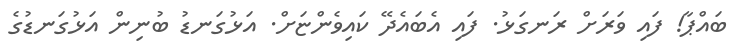
ބައްޕާ! ފައި ވަރަށް ރަނގަޅު. ފައި އެބައެދޭ ކައިވެންޏަށް. އަޅުގަނޑު ބުނިން އަޅުގަނޑުގެ